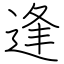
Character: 逢